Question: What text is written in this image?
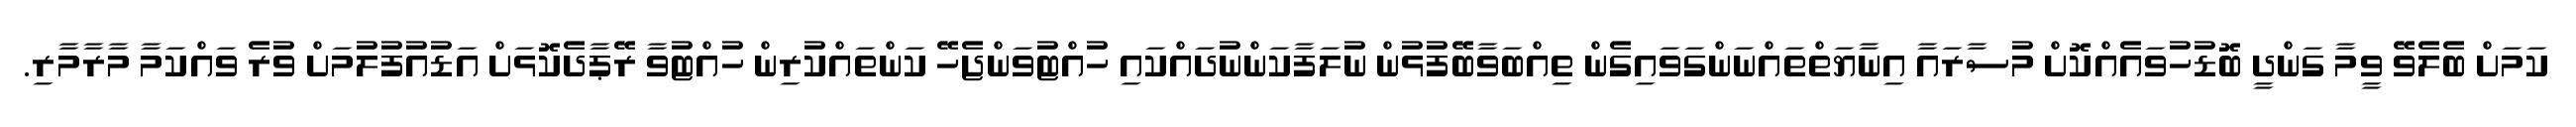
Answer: ކަމަށް ބެލެވޭ ވީމާ ގަންދީ ބޮޑުހުވައެއްކޮށް މުސާރައާ އިނާޔަތްތައްނަންގަވައިގެން ތިއްބަވާބޭފުޅުން ނުލަފާކަންނުދައްކައި ހުއްޓުވަންޖެހޭ ކަންތައްކުރިން ހުއްޓުވާ ރޭޕާދެކޮޅަށް އަޑުއުފުލުމަށް ވުރެ ވައްކަމާ މާރާމާރި.